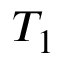
T _ { 1 }